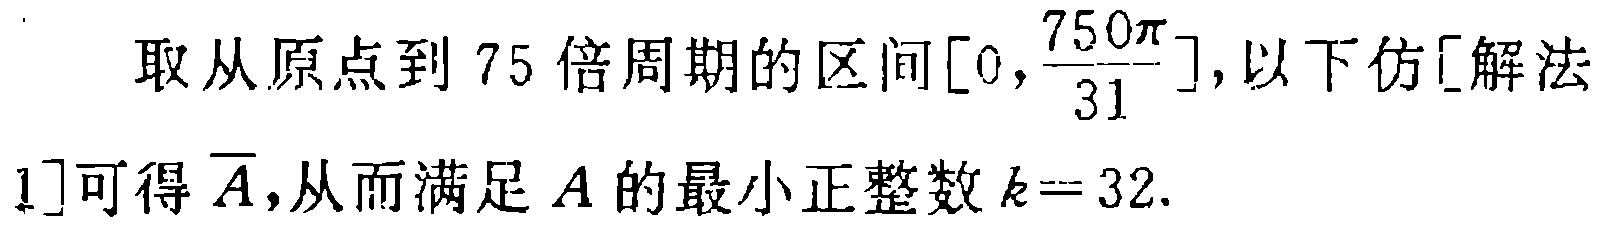
取从原点到 \(75\) 倍周期的区间\(\left[0,\frac{750\pi}{31}\right]\),以下仿[解法1]可得\(\overline{A}\),从而满足 \(A\) 的最小正整数 \(k = 32\).